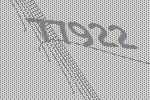
77922